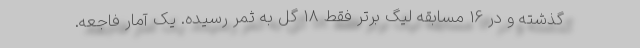
گذشته و در 16 مسابقه لیگ برتر فقط 18 گل به ثمر رسیده. یک آمار فاجعه.